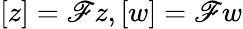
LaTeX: [z]=\mathscr{F}z,[w]=\mathscr{F}w